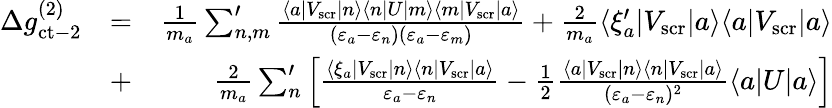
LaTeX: \begin{array}{rlr}{\Delta g_{\mathrm{ct-2}}^{(2)}}&{=}&{\frac{1}{m_{a}}\sum_{n,m}^{\prime}\frac{\langle a|V_{\mathrm{scr}}|n\rangle\langle n|U|m\rangle\langle m|V_{\mathrm{scr}}|a\rangle}{(\varepsilon_{a}-\varepsilon_{n})(\varepsilon_{a}-\varepsilon_{m})}+\frac{2}{m_{a}}\langle\xi_{a}^{\prime}|V_{\mathrm{scr}}|a\rangle\langle a|V_{\mathrm{scr}}|a\rangle}\\ &{+}&{\frac{2}{m_{a}}\sum_{n}^{\prime}\left[\frac{\langle\xi_{a}|V_{\mathrm{scr}}|n\rangle\langle n|V_{\mathrm{scr}}|a\rangle}{\varepsilon_{a}-\varepsilon_{n}}-\frac 12\frac{\langle a|V_{\mathrm{scr}}|n\rangle\langle n|V_{\mathrm{scr}}|a\rangle}{(\varepsilon_{a}-\varepsilon_{n})^{2}}\langle a\vert U\vert a\rangle\right]}\end{array}